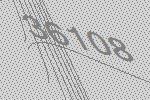
36108